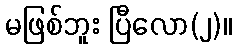
မဖြစ်ဘူး ပြီလော(၂)။